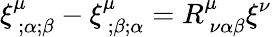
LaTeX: \xi_{~;\alpha;\beta}^{\mu}-\xi_{~;\beta;\alpha}^{\mu}=R_{~\nu\alpha\beta}^{\mu}\xi^{\nu}